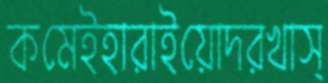
কমেইহারাইয়োদরখাস্